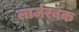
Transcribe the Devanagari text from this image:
लार्जरबॅक